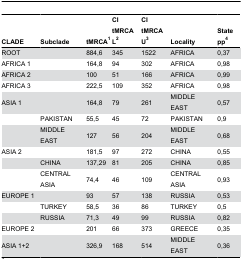
<table><thead><tr><td><b>CLADE</b></td><td><b>Subclade</b></td><td><b>tMRCA<sup>1</sup></b></td><td><b>CI tMRCA L<sup>2</sup></b></td><td><b>CI tMRCA U<sup>3</sup></b></td><td><b>Locality</b></td><td><b>State pp<sup>4</sup></b></td></tr></thead><tbody><tr><td>ROOT</td><td></td><td>884,6</td><td>345</td><td>1522</td><td>AFRICA</td><td>0,37</td></tr><tr><td>AFRICA 1</td><td></td><td>164,8</td><td>94</td><td>302</td><td>AFRICA</td><td>0,98</td></tr><tr><td>AFRICA 2</td><td></td><td>100</td><td>51</td><td>166</td><td>AFRICA</td><td>0,99</td></tr><tr><td>AFRICA 3</td><td></td><td>222,5</td><td>109</td><td>352</td><td>AFRICA</td><td>0,98</td></tr><tr><td>ASIA 1</td><td></td><td>164,8</td><td>79</td><td>261</td><td>MIDDLE EAST</td><td>0,57</td></tr><tr><td></td><td>PAKISTAN</td><td>55,5</td><td>45</td><td>72</td><td>PAKISTAN</td><td>0,9</td></tr><tr><td></td><td>MIDDLE EAST</td><td>127</td><td>56</td><td>204</td><td>MIDDLE EAST</td><td>0,68</td></tr><tr><td>ASIA 2</td><td></td><td>181,5</td><td>97</td><td>272</td><td>CHINA</td><td>0,55</td></tr><tr><td></td><td>CHINA</td><td>137,29</td><td>81</td><td>205</td><td>CHINA</td><td>0,85</td></tr><tr><td></td><td>CENTRAL ASIA</td><td>74,4</td><td>46</td><td>109</td><td>CENTRAL ASIA</td><td>0,93</td></tr><tr><td>EUROPE 1</td><td></td><td>93</td><td>57</td><td>138</td><td>RUSSIA</td><td>0,53</td></tr><tr><td></td><td>TURKEY</td><td>58,5</td><td>36</td><td>86</td><td>TURKEY</td><td>0,5</td></tr><tr><td></td><td>RUSSIA</td><td>71,3</td><td>49</td><td>99</td><td>RUSSIA</td><td>0,82</td></tr><tr><td>EUROPE 2</td><td></td><td>201</td><td>66</td><td>373</td><td>GREECE</td><td>0,35</td></tr><tr><td>ASIA 1+2</td><td></td><td>326,9</td><td>168</td><td>514</td><td>MIDDLE EAST</td><td>0,36</td></tr></tbody></table>